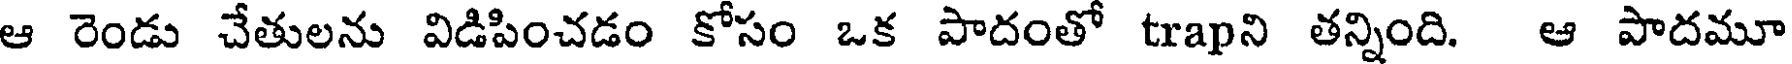
ఆ రెండు చేతులను విడిపించడం కోసం ఒక పాదంతో trapని తన్నింది. ఆ పాదమూ